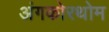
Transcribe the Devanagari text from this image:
अंगकोरथोम